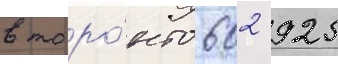
в торо́нто 602 925